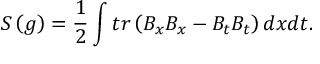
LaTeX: S \left( g \right) = \frac 1 2 \int t r \left( B _ { x } B _ { x } - B _ { t } B _ { t } \right) d x d t .